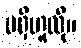
မရှိဟူလို။